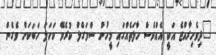
"ދިވެހިރާއްޖެ އަކީ އެއްވެސް ހާލަތެއްގައި މީހުން ސްމަގްލް ކުރެވޭ ކަހަލަ ހަބަކަށް ވެގެން